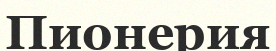
Пионерия